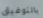
بالتوفيق